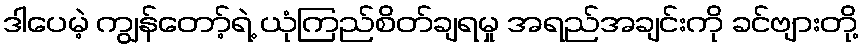
ဒါပေမဲ့ ကျွန်တော့်ရဲ့ ယုံကြည်စိတ်ချရမှု အရည်အချင်းကို ခင်ဗျားတို့